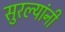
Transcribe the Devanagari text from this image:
सुरल्यांनी